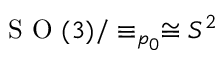
\mathrm { ~ S ~ O ~ } ( 3 ) / \equiv _ { p _ { 0 } } \cong S ^ { 2 }